Indian journal of veterinary science and animal husbandry - Volume 5,
Year: 1935
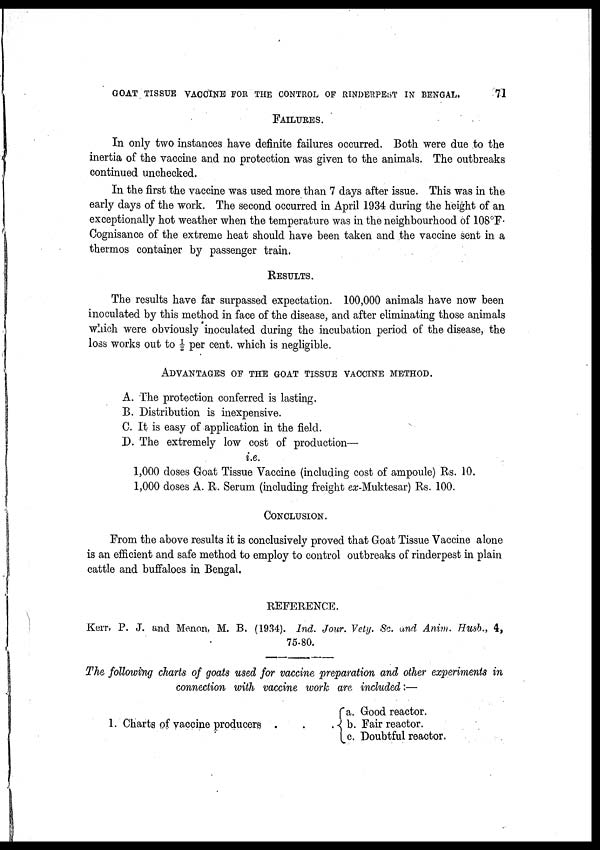
GOAT TISSUE VACCINE FOR THE CONTROL OF RINDERPEST IN BENGAL.
71
FAILURES.
In only two instances have definite failures occurred. Both were due to the
inertia of the vaccine and no protection was given to the animals. The outbreaks
continued unchecked.
In the first the vaccine was used more than 7 days after issue. This was in the
early days of the work. The second occurred in April 1934 during the height of an
exceptionally hot weather when the temperature was in the neighbourhood of 108°F.
Cognisance of the extreme heat should have been taken and the vaccine sent in a
thermos container by passenger train.
RESULTS.
The results have far surpassed expectation. 100,000 animals have now been
inoculated by this method in face of the disease, and after eliminating those animals
which were obviously inoculated during the incubation period of the disease, the
loss works out to ½ per cent. which is negligible.
ADVANTAGES OF THE GOAT TISSUE VACCINE METHOD.
A. The protection conferred is lasting.
B. Distribution is inexpensive.
C. It is easy of application in the field.
D. The extremely low cost of production—
i.e.
1,000 doses Goat Tissue Vaccine (including cost of ampoule) Rs. 10.
1,000 doses A. R. Serum (including freight ex-Muktesar) Rs. 100.
CONCLUSION.
From the above results it is conclusively proved that Goat Tissue Vaccine alone
is an efficient and safe method to employ to control outbreaks of rinderpest in plain
cattle and buffaloes in Bengal.
REFERENCE.
Kerr, P. J. and Menon, M. B. (1934). Ind. Jour. Vety. Sc. and Anim. Husb., 4,
75-80.
The following charts of goats used for vaccine preparation and other experiments in
connection with vaccine work are included :—
1. Charts of vaccine producers . . .
a. Good reactor.
b. Fair reactor.
c. Doubtful reactor.